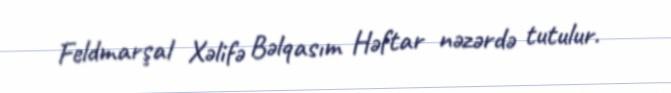
Feldmarşal Xəlifə Bəlqasım Həftar nəzərdə tutulur.